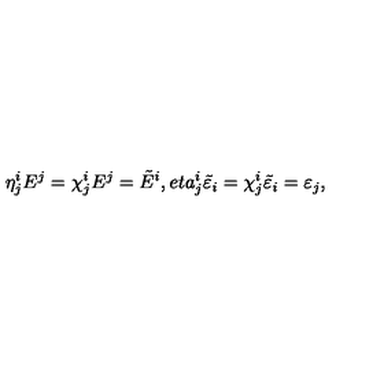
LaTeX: \eta _ { j } ^ { i } E ^ { j } = \chi _ { j } ^ { i } E ^ { j } = \tilde { E } ^ { i } , e t a _ { j } ^ { i } \tilde { \varepsilon } _ { i } = \chi _ { j } ^ { i } \tilde { \varepsilon } _ { i } = \varepsilon _ { j } ,